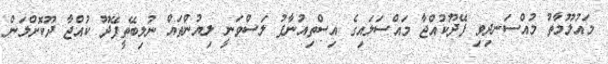
މައުލޫމާތު މުއްސަނދިވި ފޭދޫކުއްޖާ މައްސަލައިގެ އިސްތިއުނާފު ލަސްވަނީ ލިޔުންތައް ނުލިބޭތީފޭދޫ ކުއްޖާ ދޫކޮށްލަން